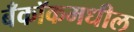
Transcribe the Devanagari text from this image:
बँकॉकमधील